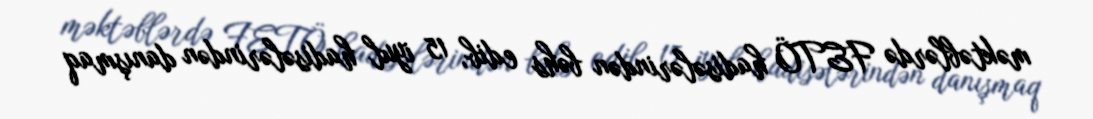
məktəblərdə FETÖ hadisələrindən bəhs edib, 15 iyul hadisələrindən danışmaq